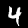
Digit: 4